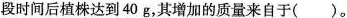
段时间后植株达到40g，其增加的质量来自于（）。